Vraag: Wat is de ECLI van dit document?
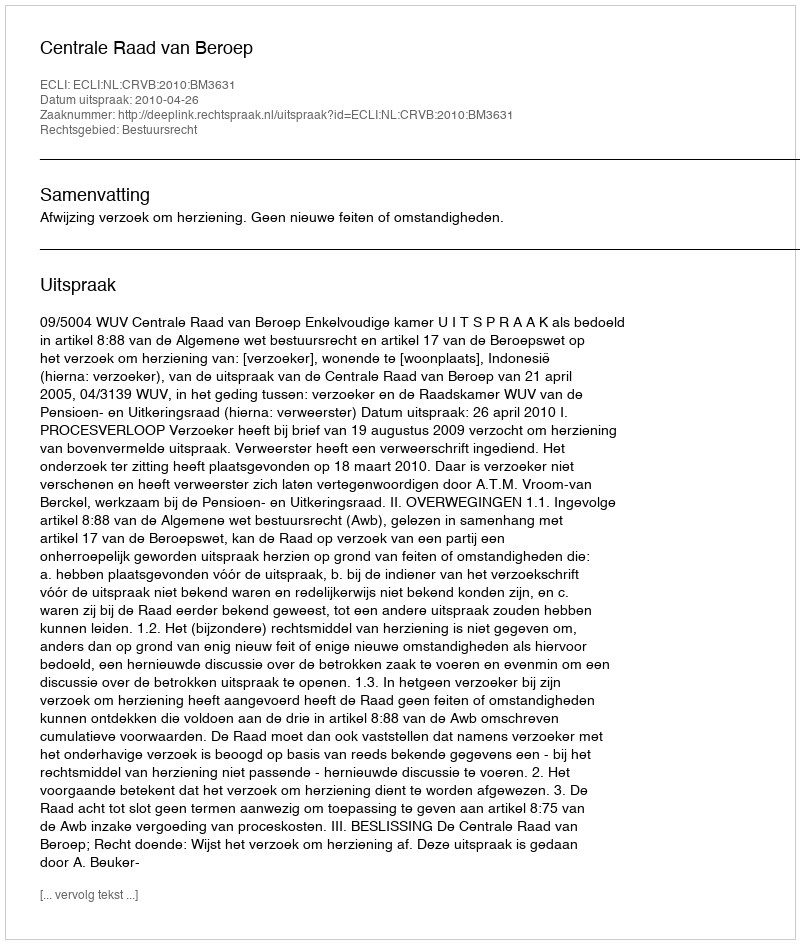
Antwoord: ECLI:NL:CRVB:2010:BM3631